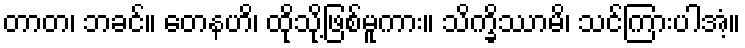
တာတ၊ ဘခင်။ တေနဟိ၊ ထိုသို့ဖြစ်မူကား။ သိက္ခိဿာမိ၊ သင်ကြားပါအံ့။